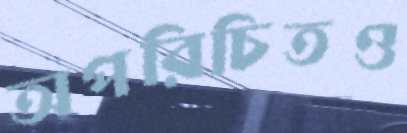
অপরিচিতও